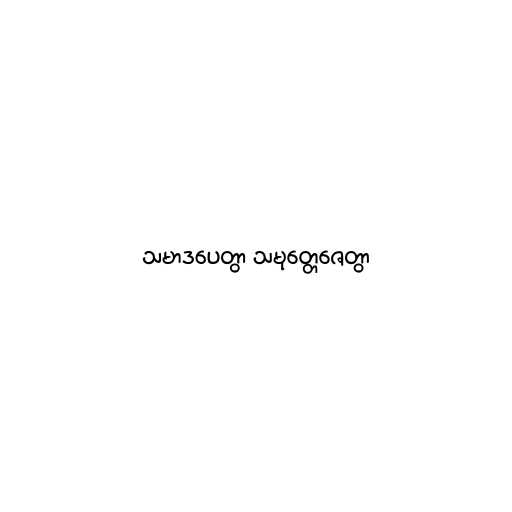
သမာဒပေတွာ သမုတ္တေဇေတွာ